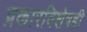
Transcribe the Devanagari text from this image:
प्रकारविशेषही